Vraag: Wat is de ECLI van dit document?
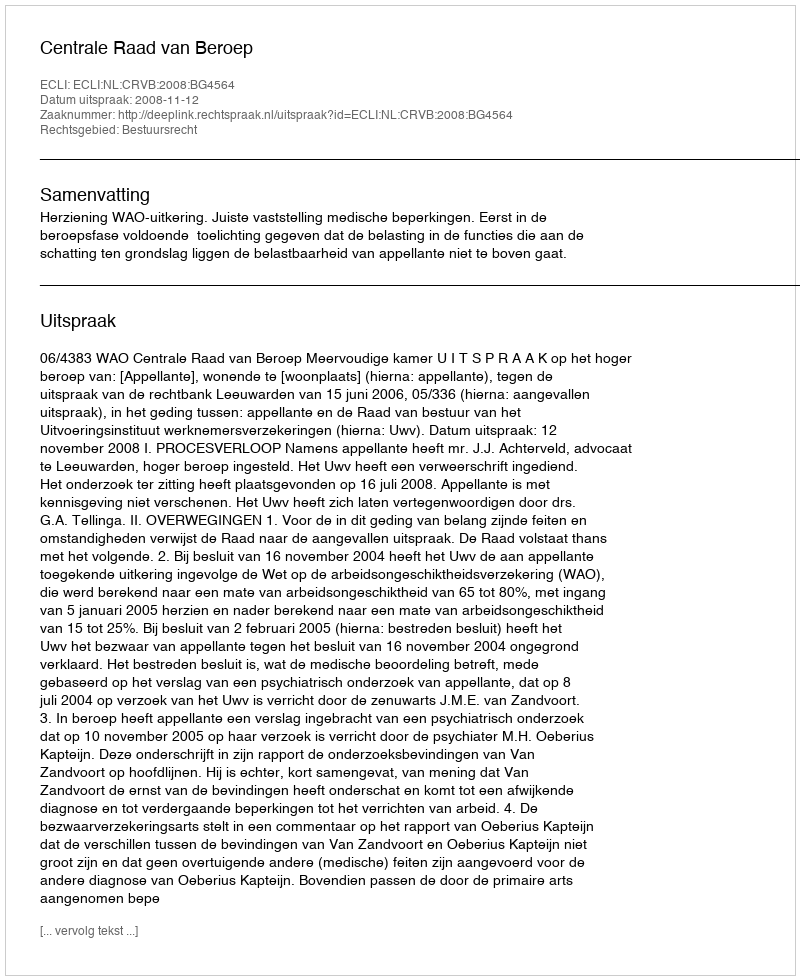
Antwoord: ECLI:NL:CRVB:2008:BG4564